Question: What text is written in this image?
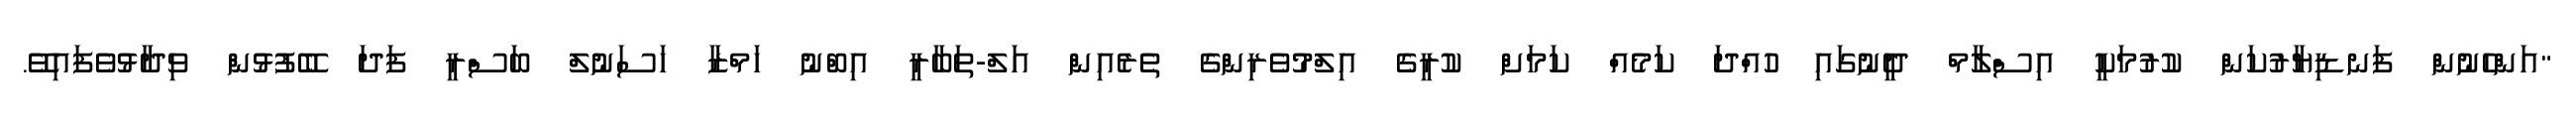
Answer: "އަންހެނުން ފަނޑިޔާރުކަން ކުރުމަކީ އިސްލާމް ދީނުގައި ހުއްދަ ކަމެއް ކަމަށް ކުރީގެ އިލްމުވެރިންގެ ތެރެއިން އަލް-ތަބާރީ އިބްނު ހަމްޒާ ހަސަނުލް ބަސްރީ ފަދަ ބޭފުޅުން ވިދާޅުވެފައިވޭ.